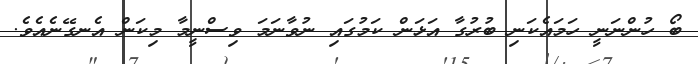
ބޯ ހުންނަނީ ހަމައެކަނި ބުރުގާ އަޅަން ކަމުގައި ނުވާނަމަ ވިސްނީމާ މިކަން އެނގޭނެއެވެ.